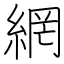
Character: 網